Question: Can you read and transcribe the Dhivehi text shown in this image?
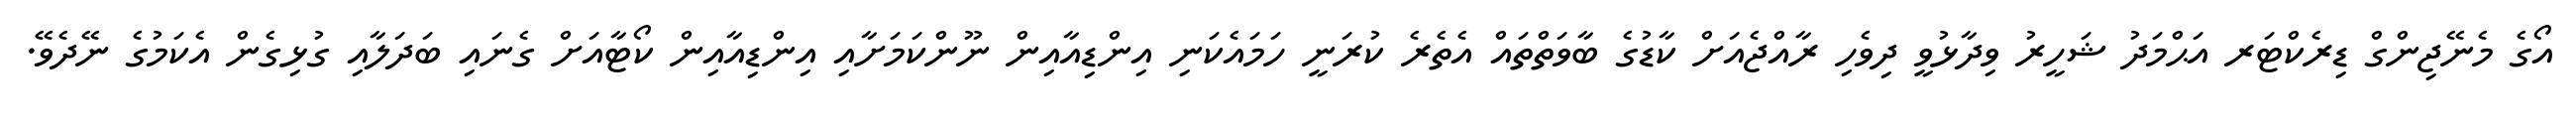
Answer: އޯގެ މެނޭޖިންގް ޑިރެކްޓަރ އަޙްމަދު ޝަހީރު ވިދާޅުވީ ދިވެހި ރާއްޖެއަށް ކާޑުގެ ބާވަތްތައް އެތެރެ ކުރަނީ ހަމައެކަނި އިންޑިއާއިން ނޫންކަމަށާއި އިންޑިއާއިން ކޯޓާއަށް ގެނައި ބަދަލާއި ގުޅިގެން އެކަމުގެ ނޭދެވޭ.